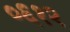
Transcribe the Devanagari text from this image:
०६१२